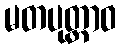
မတပုတ္တာဝ